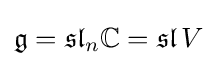
{\mathfrak {g}}={\mathfrak {sl}}_{n}\mathbb {C} =\operatorname {\mathfrak {sl}} V